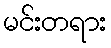
မင်းတရား